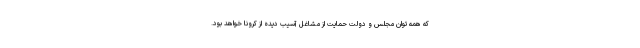
که همه توان مجلس و دولت حمایت از مشاغل آسیب دیده از کرونا خواهد بود.